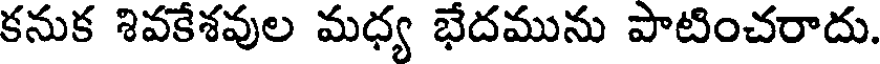
కనుక శివకేశవుల మధ్య భేదమును పాటించరాదు.